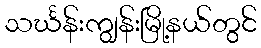
သင်္ဃန်းကျွန်းမြို့နယ်တွင်